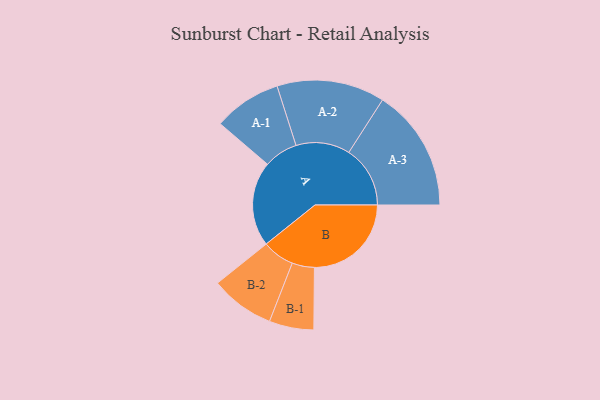
{"axis": {"x": "Segment", "y": "Value"}, "legend": ["", "A", "B"], "data": [{"x": "A", "y": 415, "type": ""}, {"x": "B", "y": 474, "type": ""}, {"x": "A-1", "y": 166, "type": "A"}, {"x": "A-2", "y": 264, "type": "A"}, {"x": "A-3", "y": 300, "type": "A"}, {"x": "B-1", "y": 109, "type": "B"}, {"x": "B-2", "y": 157, "type": "B"}]}